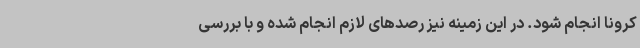
کرونا انجام شود. در این زمینه نیز رصدهای لازم انجام شده و با بررسی